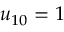
u _ { 1 0 } = 1